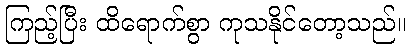
ကြည့်ပြီး ထိရောက်စွာ ကုသနိုင်တော့သည်။